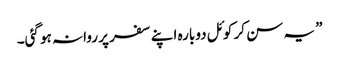
” یہ سن کر کوئل دوبارہ اپنے سفر پر روانہ ہو گئی۔